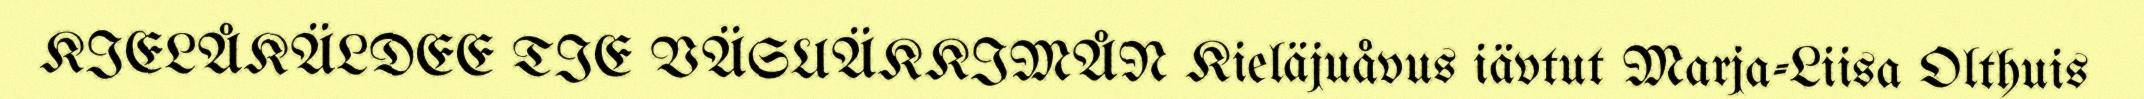
KIELÅKÄLDEE TIE VÄSUÄKKIMÅN Kieläjuåvus iävtut Marja-Liisa Olthuis